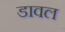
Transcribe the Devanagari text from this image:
डावल